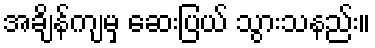
အချိန်ကျမှ ဆေးပြယ် သွားသနည်း။